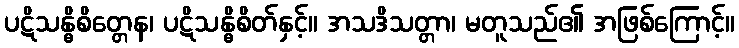
ပဋိသန္ဓိစိတ္တေန၊ ပဋိသန္ဓိစိတ်နှင့်။ အသဒိသတ္တာ၊ မတူသည်၏ အဖြစ်ကြောင့်။